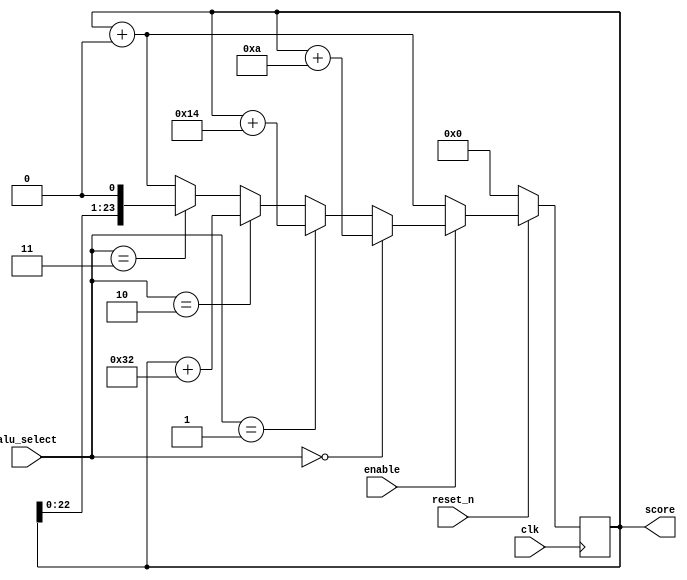
module score_alu(score, alu_select, clk, reset_n, enable);
	
	input clk,reset_n,enable;
	input [1:0] alu_select;
	
	reg [23:0] score_reg;
	
	output [23:0] score;
	
	initial score_reg = 24'd0;
	
	assign score = score_reg;
	
	always @(posedge clk) begin
		if(!reset_n) score_reg <= 24'd0;
		else begin
		   score_reg <= score_reg + 24'd0;
		   if(enable) begin
				if(alu_select == 2'b00) score_reg <= score_reg + 24'd10;
				else if(alu_select == 2'b01) score_reg <= score_reg + 24'd20;
				else if(alu_select == 2'b10) score_reg <= score_reg + 24'd50;
				else if(alu_select == 2'b11) score_reg <= score_reg <<< 24'd1;
			end
		end
	end
	
endmodule